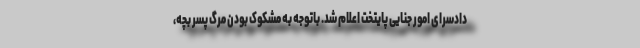
دادسرای امور جنایی پایتخت اعلام شد. باتوجه به مشکوک بودن مرگ پسر بچه،